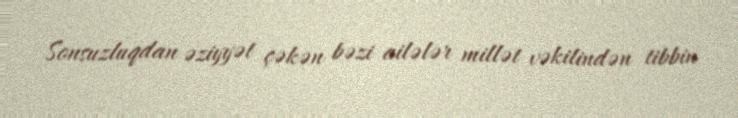
Sonsuzluqdan əziyyət çəkən bəzi ailələr millət vəkilindən tibbin